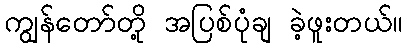
ကျွန်တော်တို့ အပြစ်ပုံချ ခဲ့ဖူးတယ်။